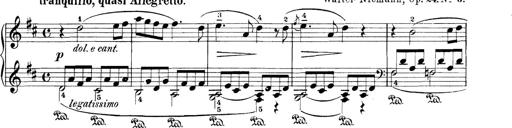
Title: 3 Sonatinas
Composer: Carl Reinecke